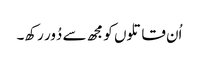
اُن قاتلوں کو مجھ سے دُور رکھ۔